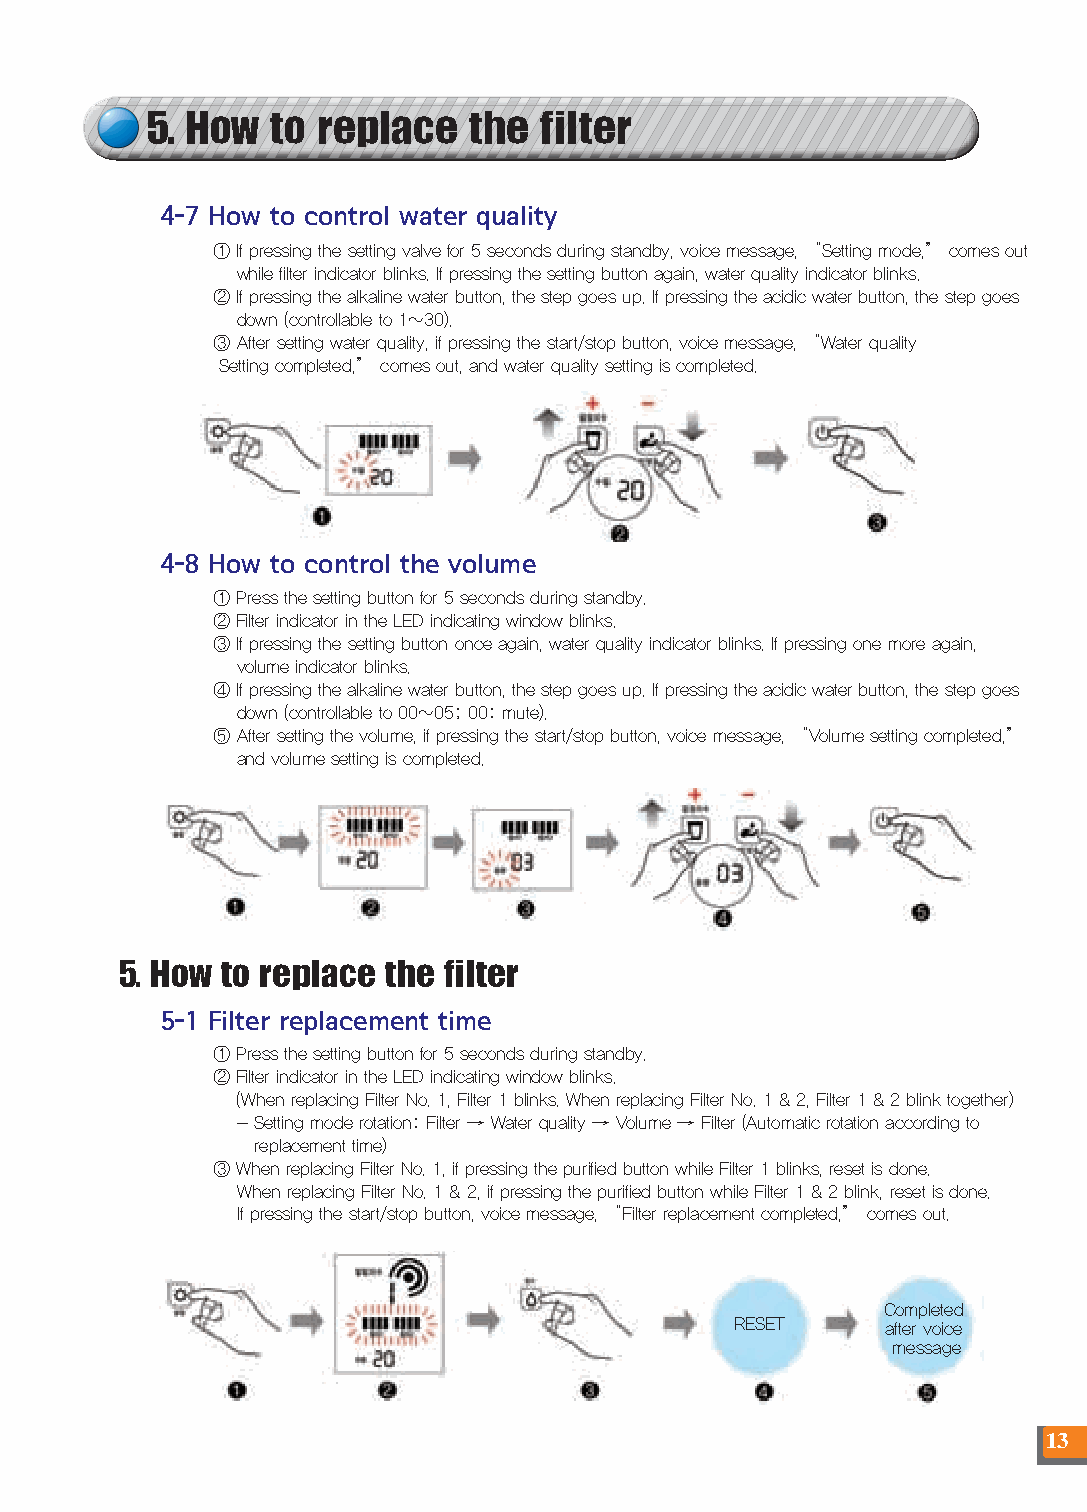
5. How  to replace   the  filter
 4-7 How to control water quality
 ① If pressing the setting valve for 5 seconds during standby, voice message, “Setting mode,” comes out
 while filter indicator blinks. If pressing the setting button again, water quality indicator blinks.
 ② If pressing the alkaline water button, the step goes up. If pressing the acidic water button, the step goes
 down (controllable to 1~30).
 ③ After setting water quality, if pressing the start/stop button, voice message, “Water quality
 Setting completed,” comes out, and water quality setting is completed.
 4-8 How to control the volume
 ① Press the setting button for 5 seconds during standby.
 ② Filter indicator in the LED indicating window blinks.
 ③ If pressing the setting button once again, water quality indicator blinks. If pressing one more again,
 volume indicator blinks.
 ④ If pressing the alkaline water button, the step goes up. If pressing the acidic water button, the step goes
 down (controllable to 00~05; 00: mute).
 ⑤ After setting the volume, if pressing the start/stop button, voice message, “Volume setting completed,”
 and volume setting is completed.
 5. How to replace the filter
 5-1 Filter replacement time
 ① Press the setting button for 5 seconds during standby.
 ② Filter indicator in the LED indicating window blinks.
 (When replacing Filter No. 1, Filter 1 blinks. When replacing Filter No. 1 & 2, Filter 1 & 2 blink together)
 - Setting mode rotation: Filter → Water quality → Volume → Filter (Automatic rotation according to
 replacement time)
 ③ When replacing Filter No. 1, if pressing the purified button while Filter 1 blinks, reset is done.
 When replacing Filter No. 1 & 2, if pressing the purified button while Filter 1 & 2 blink, reset is done.
 If pressing the start/stop button, voice message, “Filter replacement completed,” comes out.
 Completed
 RESET     after voice
 message
 13